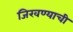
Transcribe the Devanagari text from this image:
जिरवण्याची